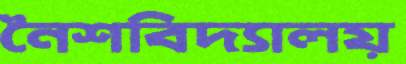
নৈশবিদ্যালয়